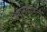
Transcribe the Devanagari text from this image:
श्यानताजन्य